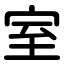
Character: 室